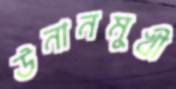
উনানমুখী